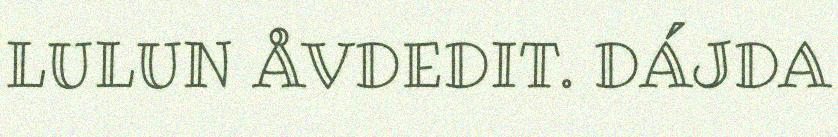
LULUN ÅVDEDIT. DÁJDA